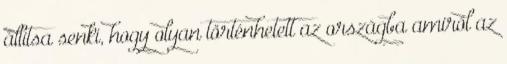
állítsa senki, hogy olyan történhetett az országba amiről az